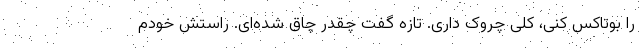
را بوتاکس کنی، کلی چروک داری. تازه گفت چقدر چاق شده‌ای. راستش خودم